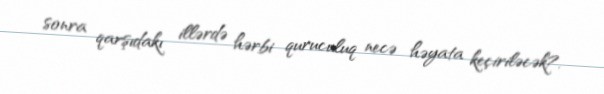
sonra qarşıdakı illərdə hərbi quruculuq necə həyata keçiriləcək?.